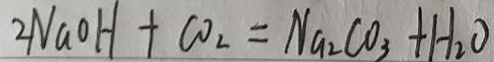
2 N a O H + C O _ { 2 } = N a _ { 2 } C O _ { 3 } + H _ { 2 } O